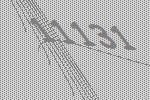
11131